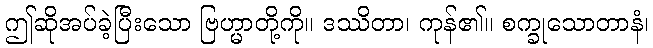
ဤဆိုအပ်ခဲ့ပြီးသော ဗြဟ္မာတို့ကို။ ဒဿိတာ၊ ကုန်၏။ စက္ခုသောတာနံ၊